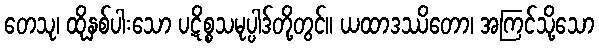
တေသု၊ ထိုနှစ်ပါးသော ပဋိစ္စသမုပ္ပါဒ်တို့တွင်။ ယထာဒဿိတော၊ အကြင်သို့သော